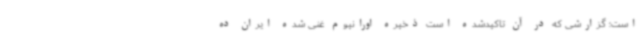
است؛ گزارشی که در آن تاکیدشده است ذخیره اورانیوم غنی شده ایران ده